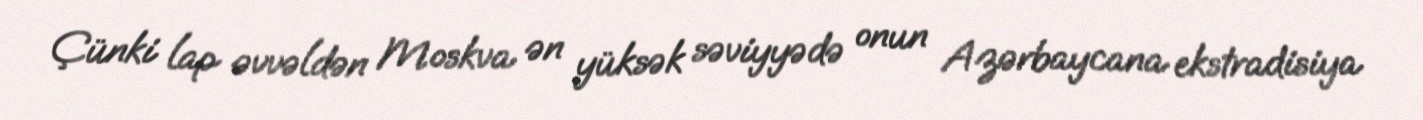
Çünki lap əvvəldən Moskva ən yüksək səviyyədə onun Azərbaycana ekstradisiya